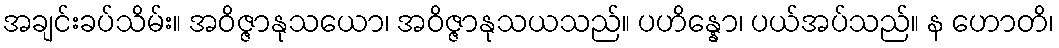
အချင်းခပ်သိမ်း။ အဝိဇ္ဇာနုသယော၊ အဝိဇ္ဇာနုသယသည်။ ပဟိန္နော၊ ပယ်အပ်သည်။ န ဟောတိ၊